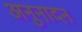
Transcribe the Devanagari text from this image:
अनुनादन